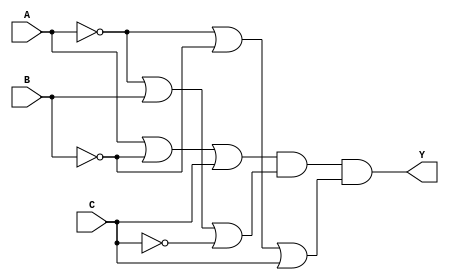
module pos_simplification (
    input wire A,    // Input variable A
    input wire B,    // Input variable B
    input wire C,    // Input variable C
    output wire Y    // Output of the POS expression
);

// Internal wires for complemented inputs
wire not_A;
wire not_B;
wire not_C;

// Generate complemented inputs
assign not_A = ~A;
assign not_B = ~B;
assign not_C = ~C;

// Sum terms (OR gates)
wire sum_term1;
wire sum_term2;
wire sum_term3;

assign sum_term1 = A | not_B | C;      // A + B' + C
assign sum_term2 = not_A | B | not_C;  // A' + B + C'
assign sum_term3 = not_A | not_B | C;  // A' + B' + C

// Product term (AND gate)
assign Y = sum_term1 & sum_term2 & sum_term3; // (A + B' + C)(A' + B + C')(A' + B' + C)

endmodule